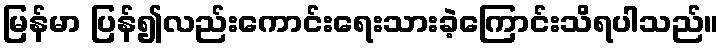
မြန်မာ ပြန်၍လည်းကောင်းရေးသားခဲ့ကြောင်းသိရပါသည်။